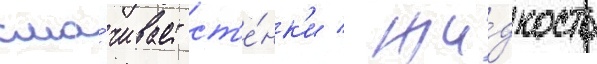
сма́чивает ст'е́нк'и / жи́дкость